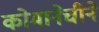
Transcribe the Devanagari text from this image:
कोमानेचीने